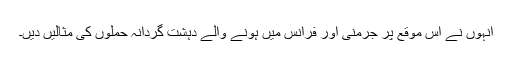
انہوں نے اس موقع پر جرمنی اور فرانس میں ہونے والے دہشت گردانہ حملوں کی مثالیں دیں۔